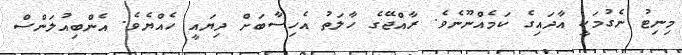
މިނިޓު ނެގުމަކީ އާދައިގެ ކަމެއްނޫނެވެ. ރާއްޖޭގެ ހާލަތު އެހިސާބަށް ދިޔައީ ހެއްޔެވެ. އެންބިއުލަންސް